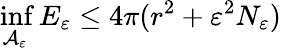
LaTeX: \operatorname*{inf}_{\mathcal A_{\varepsilon}}E_{\varepsilon}\leq 4\pi(r^{2}+\varepsilon^{2}N_{\varepsilon})